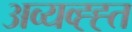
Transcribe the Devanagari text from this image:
अव्यव्ह्ह्त